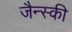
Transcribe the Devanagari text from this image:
जैन्स्की